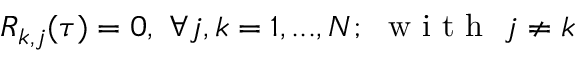
R _ { k , j } ( \tau ) = 0 , ~ \forall j , k = 1 , . . . , N ; ~ \mathrm { ~ w ~ i ~ t ~ h ~ } ~ j \neq k